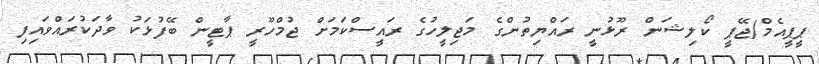
ޕީޕީއެމް/ޖޭޕީ ކޯލިޝަން ރޫޅުނީ ރައްޔިތުންގެ މަޖިލީހުގެ ރައީސްކަމަށް ޖުމްހޫރީ ޕާޓީން ބޭފުޅަކު ވާދަކުރައްވައިފި